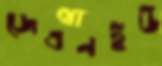
জেএনইউ